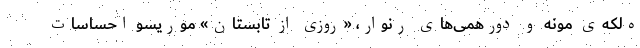
ه‌لکه‌ی مونه و دورهمی‌های رنوار، «روزی از تابستان» موریسو احساسات